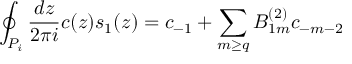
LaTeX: \oint _ { P _ { i } } \frac { d z } { 2 \pi i } c ( z ) s _ { 1 } ( z ) = c _ { - 1 } + \sum _ { m \geq q } B _ { 1 m } ^ { ( 2 ) } c _ { - m - 2 }